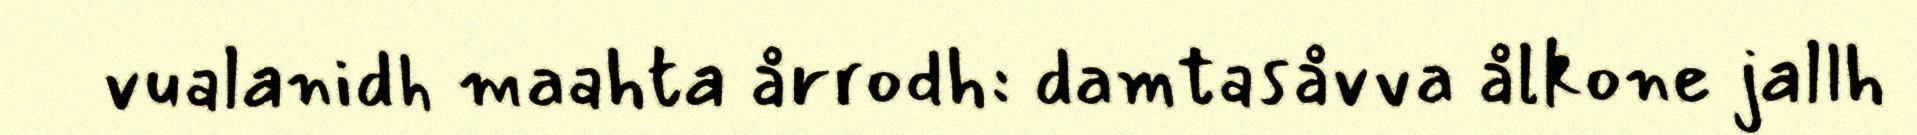
vualanidh maahta årrodh: damtasåvva ålkone jallh